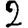
Digit: 2